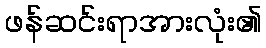
ဖန်ဆင်းရာအားလုံး၏